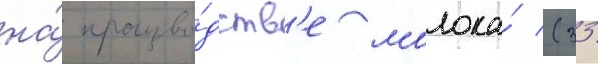
на́ произво́дств'е молока́ (33